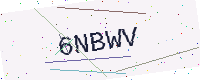
Text: 6NBWV